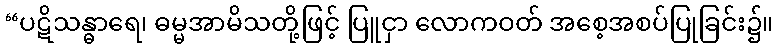
“ပဋိသန္ဓာရေ၊ ဓမ္မအာမိသတို့ဖြင့် ပြူငှာ လောကဝတ် အစေ့အစပ်ပြုခြင်း၌။